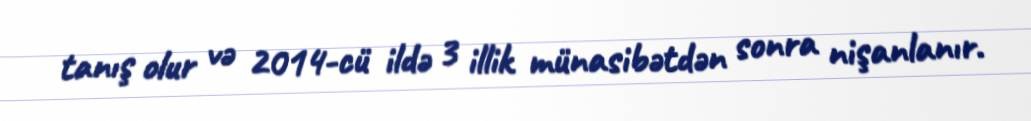
tanış olur və 2014-cü ildə 3 illik münasibətdən sonra nişanlanır.